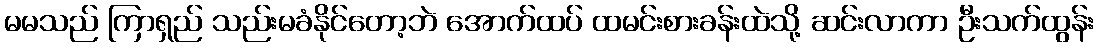
မမသည် ကြာရှည် သည်းမခံနိုင်တော့ဘဲ အောက်ထပ် ထမင်းစားခန်းထဲသို့ ဆင်းလာကာ ဦးသက်ထွန်း